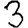
Digit: 3